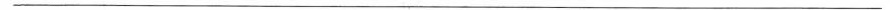
___